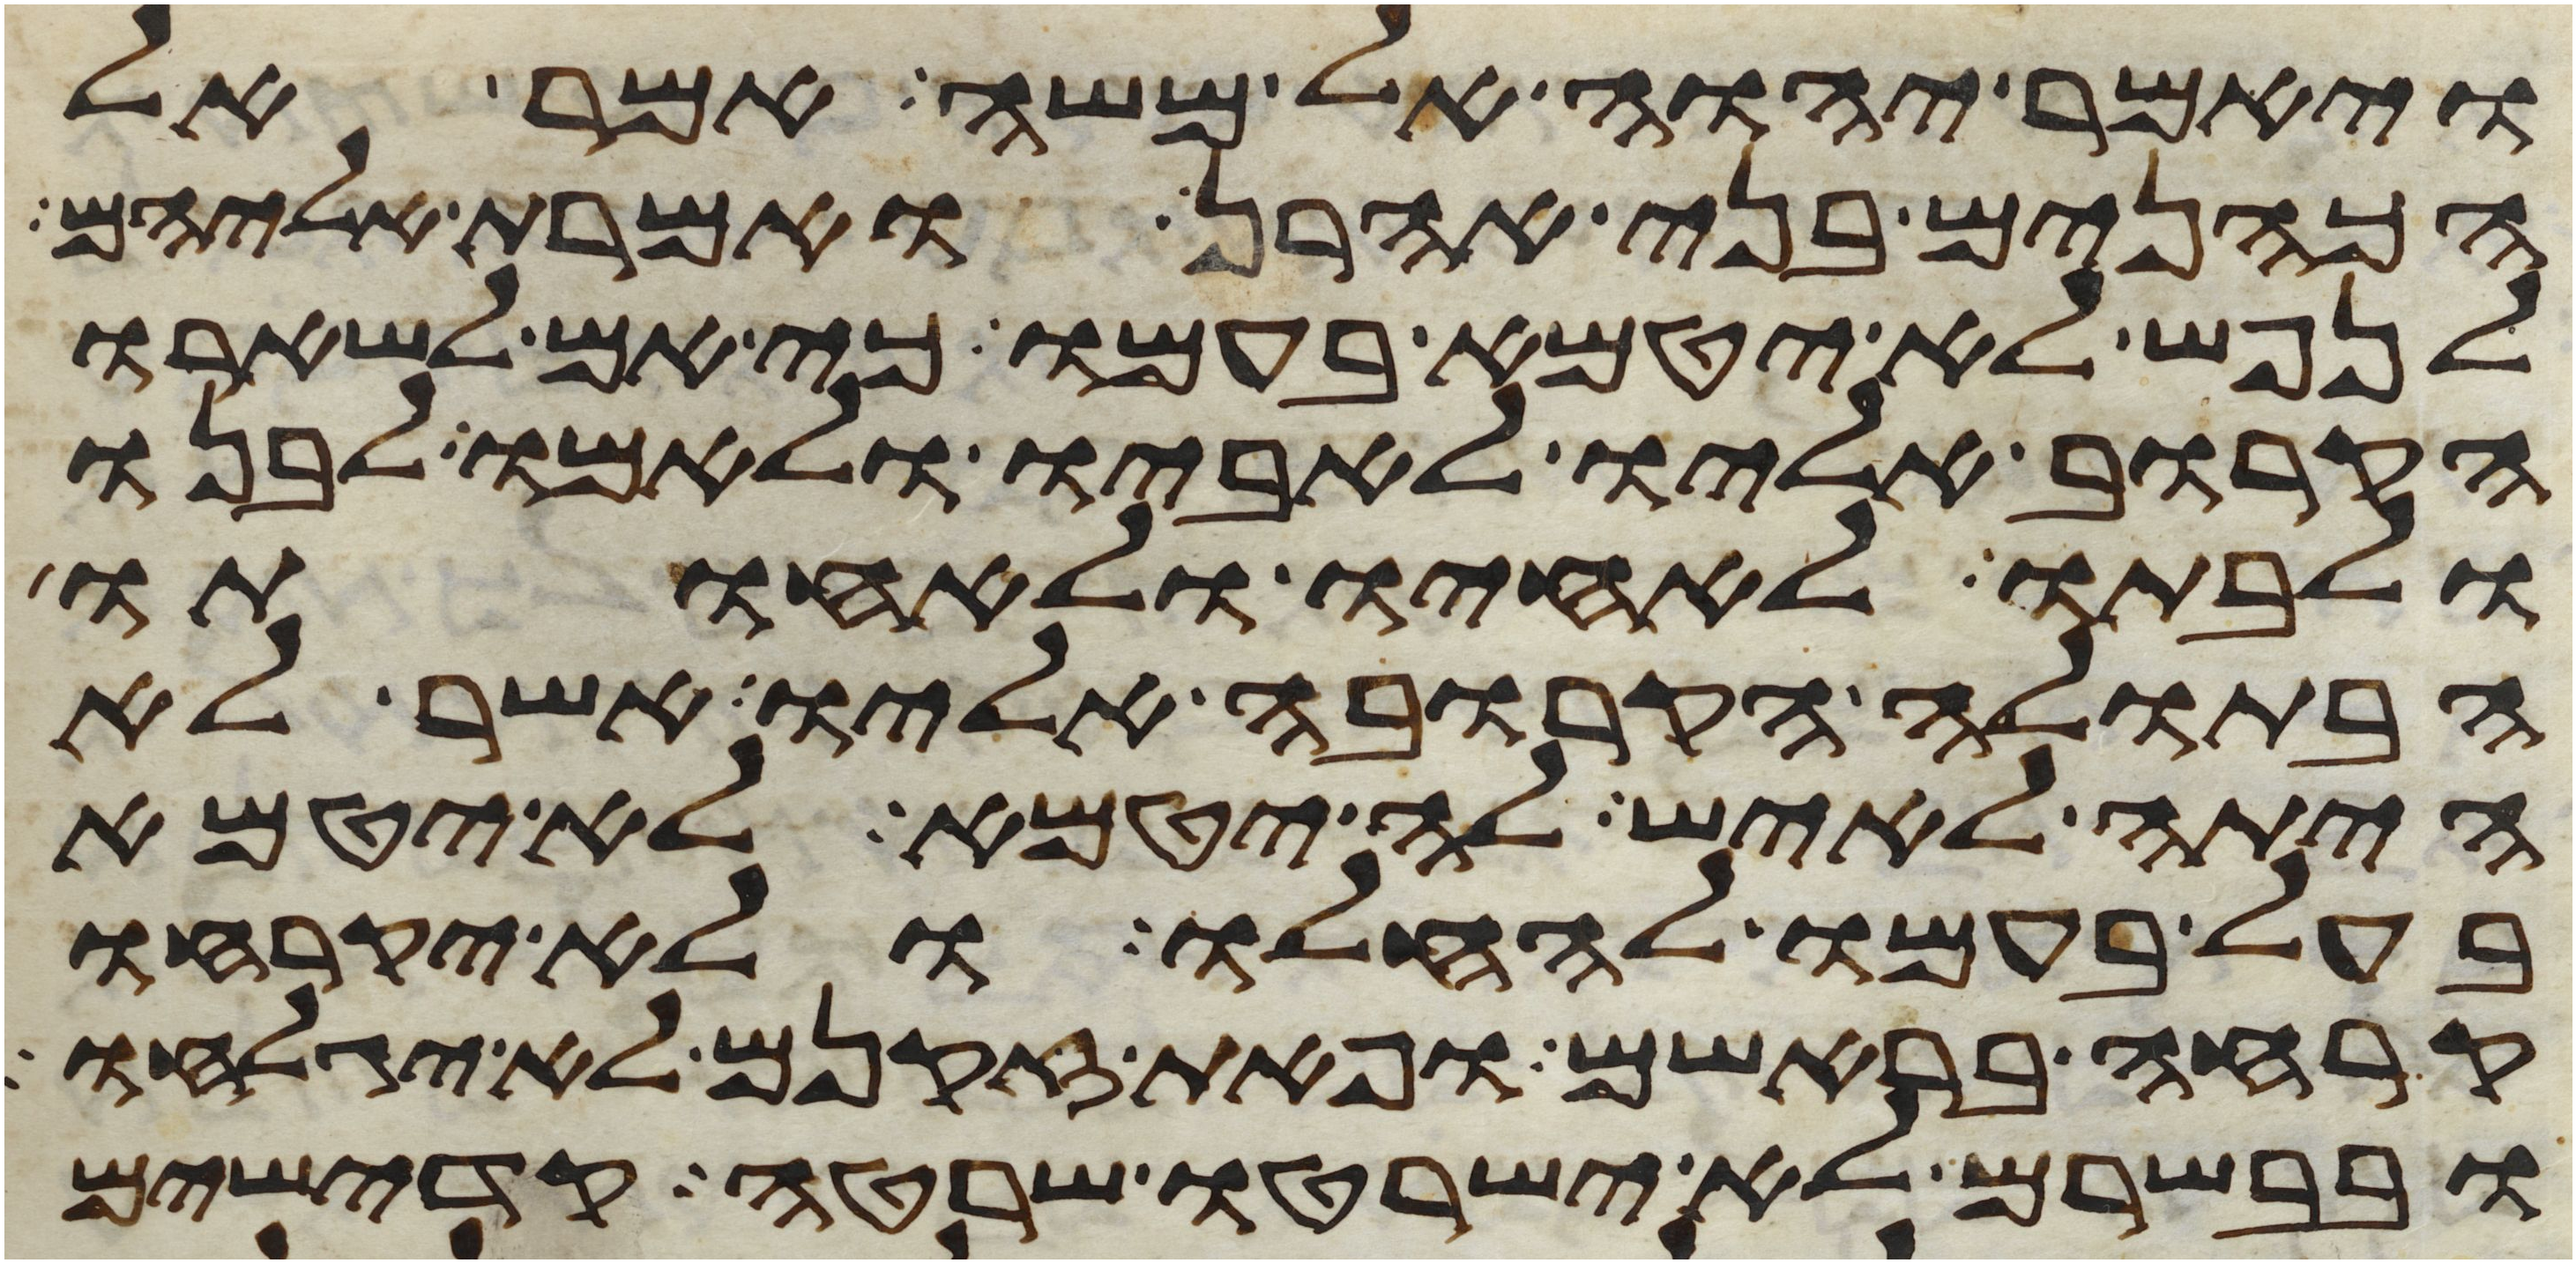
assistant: ויאמר יהוה אל משה אמר אל
הכהנים בני אהרן ואמרת אליהם
לנפש לא יטמא בעמו כי אם לשארו
הקרוב אליו לאביו ולאמו לבנו
ולבתו לאחיו ולאחותו
הבתולה הקרובה אליו אשר לא
היתה לאיש לה יטמא לא יטמא
בעל בעמו להחלו ולא יקרחו
קרחה בראשם ופאת זקנם לא יגלחו
ובבשרם לא ישרטו שרטה קדישים